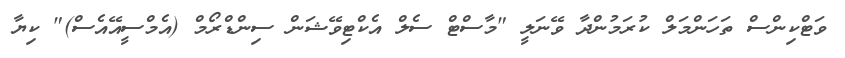
ވަޓްކިންސް ތަހަންމަލް ކުރަމުންދާ ވޭނަލީ "މާސްޓް ސެލް އެކްޓިވޭޝަން ސިންޑްރޯމް (އެމްސީއޭއެސް)" ކިޔާ